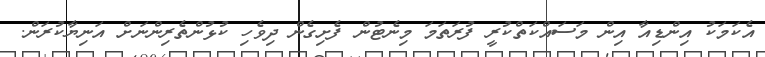
އެކަމަކު އިންޑިއާ އިން މަސައްކަތްކުރީ ފުރަތަމަ މިނެޓުން ފެށިގެން ދިވެހި ކުޅުންތެރިންނަށް އަނިޔާކުރަން.